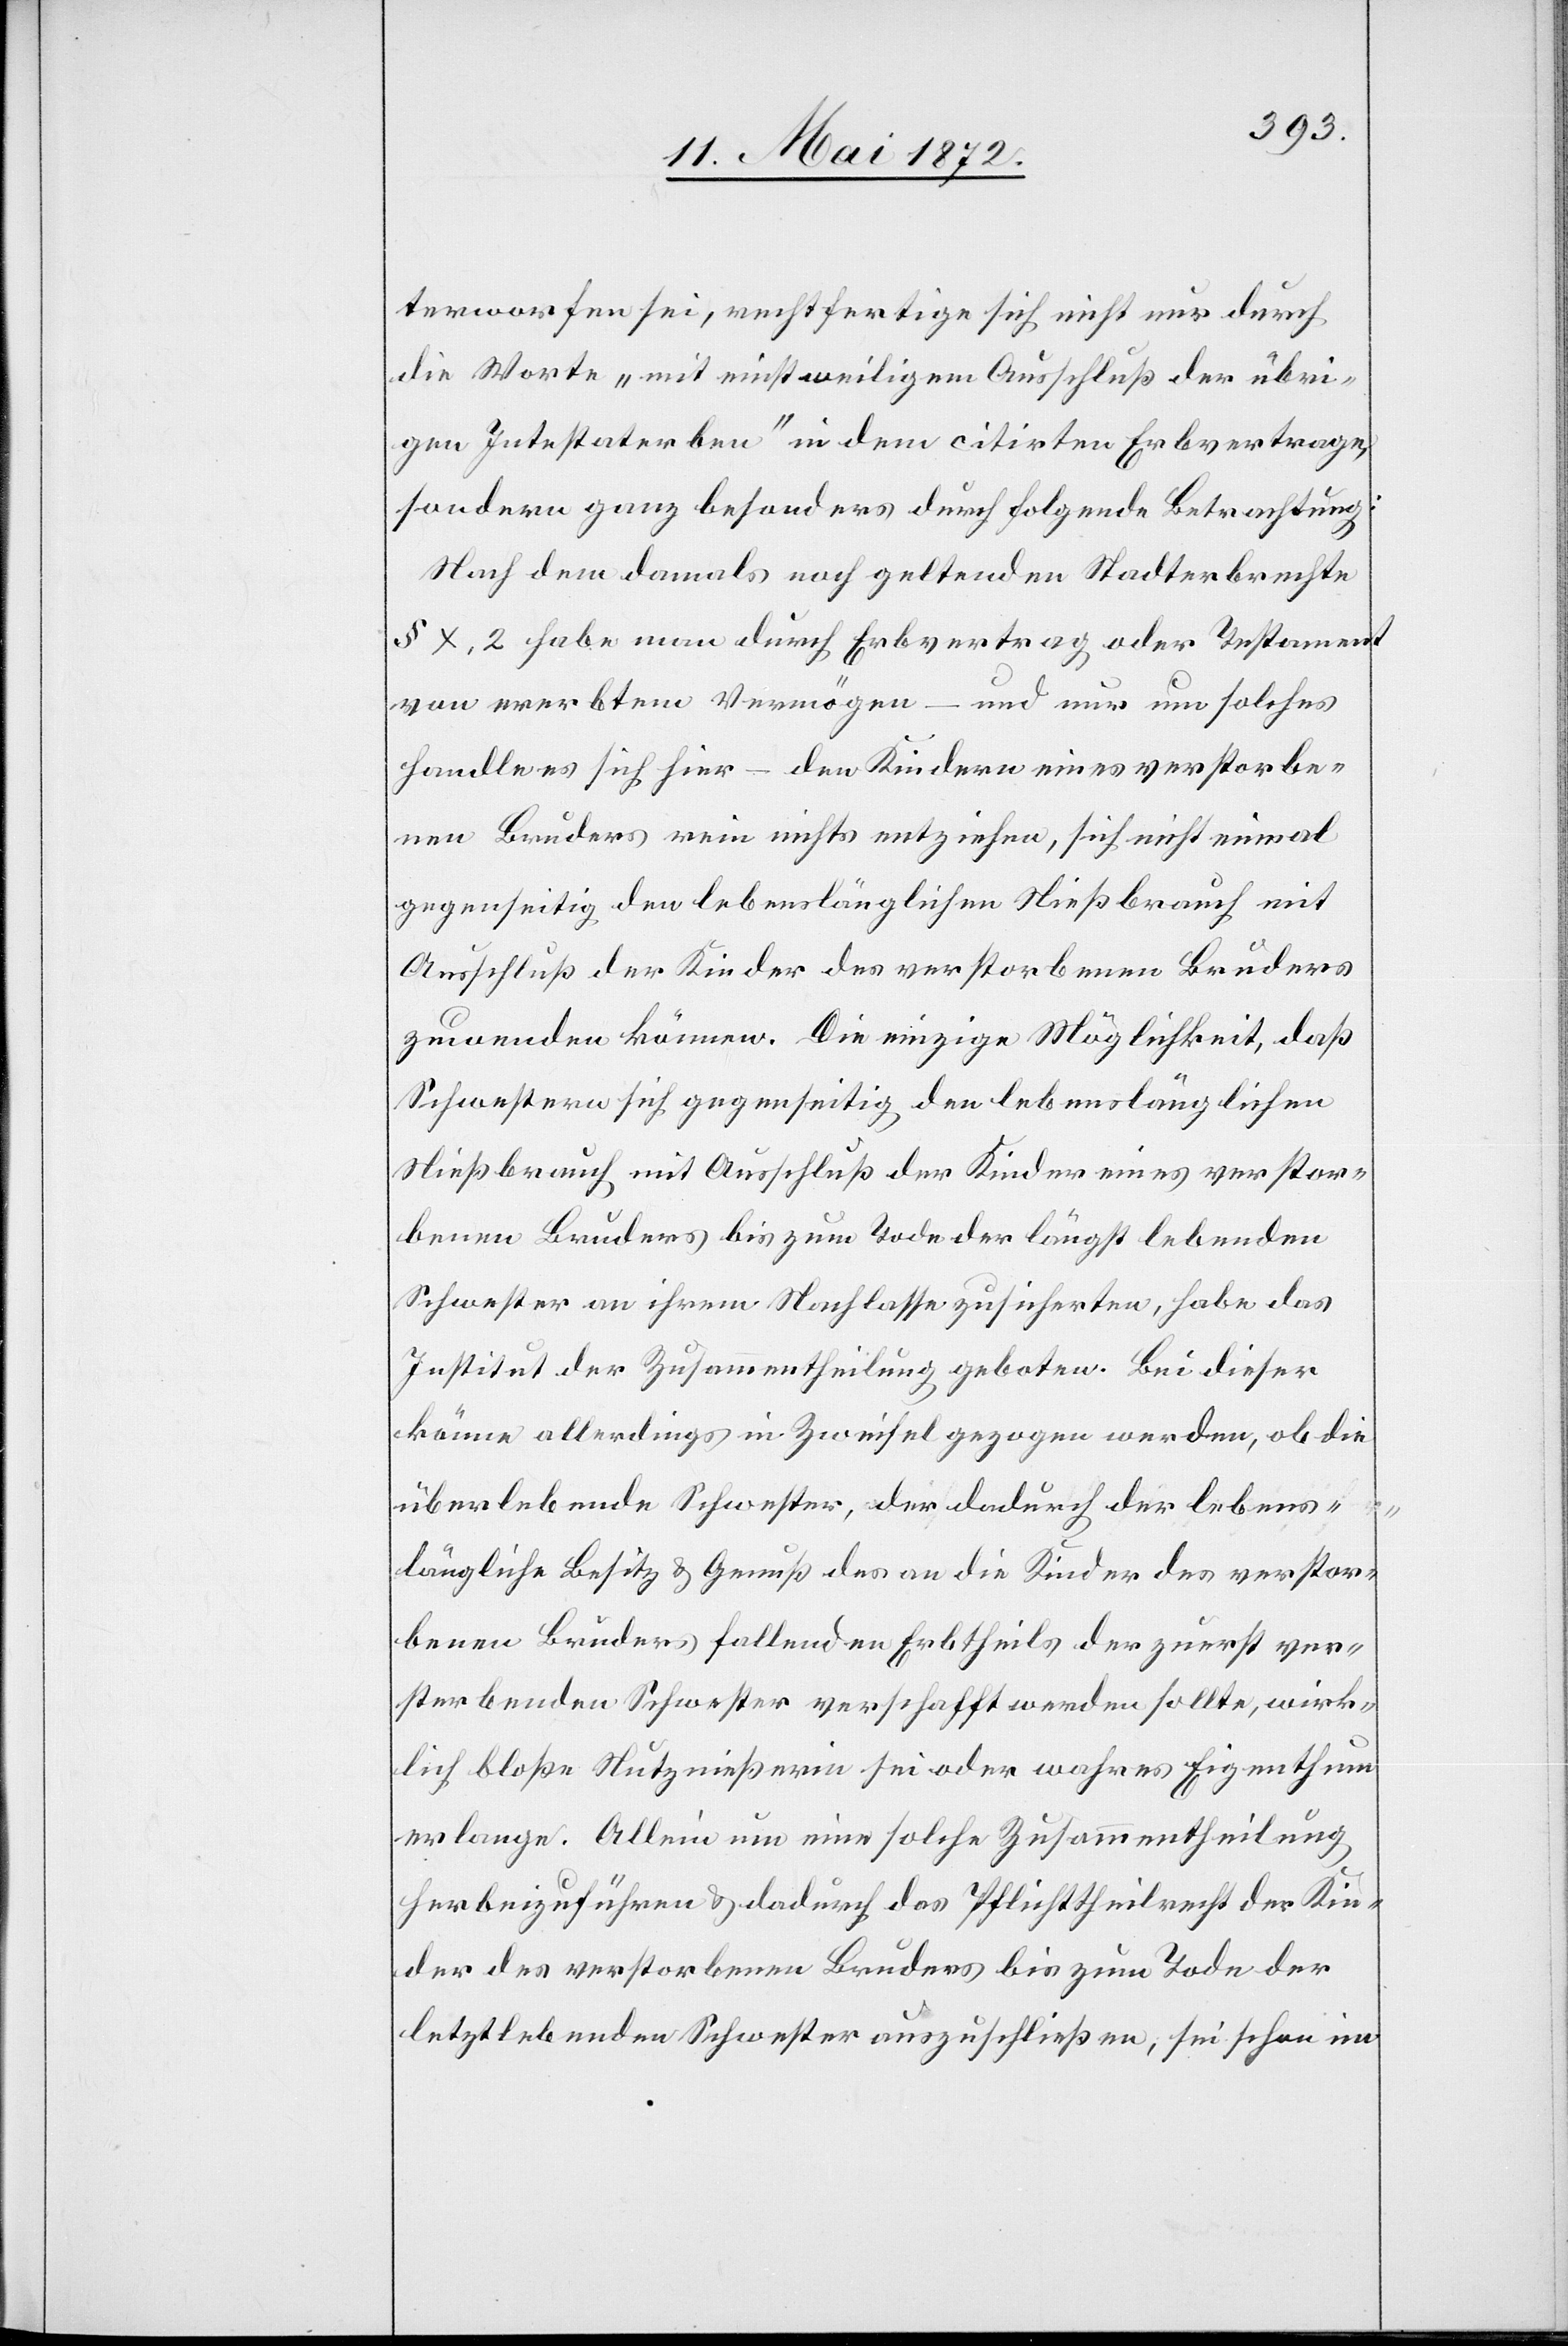
terworfen sei, rechtfertige sich nicht nur durch
die Worte „mit einstweiligem Ausschluß der übri¬
gen Intestaterben“ in dem citirten Erbvertrage,
sondern ganz besonders durch folgende Betrachtung:
Nach dem damals noch geltenden Stadterbrechte
§ X, 2 habe man durch Erbvertrag oder Testament
von ererbtem Vermögen – und nur um solches
handle es sich hier – den Kindern eines verstorbe¬
nen Bruders rein nichts entziehen, sich nicht einmal
gegenseitig den lebenslänglichen Nießbrauch mit
Ausschluß der Kinder des verstorbenen Bruders
zuwenden können. Die einzige Möglichkeit, daß
Schwestern sich gegenseitig den lebenslänglichen
Nießbrauch mit Ausschluß der Kinder eines verstor¬
benen Bruders bis zum Tode der längst lebenden
Schwester an ihrem Nachlasse zusicherten, habe das
Institut der Zusammentheilung geboten. Bei dieser
könne allerdings in Zweifel gezogen werden, ob die
überlebende Schwester, der dadurch der lebens¬
längliche Besitz u. Genuß des an die Kinder des verstor¬
benen Bruders fallenden Erbtheils der zuerst ver¬
sterbenden Schwester verschafft werden sollte, wirk¬
lich bloße Nutznießerin sei oder wahres Eigenthum
erlange. Allein um eine solche Zusammentheilung
herbeizuführen u. dadurch das Pflichttheilrecht der Kin¬
der des verstorbenen Bruders bis zum Tode der
letztlebenden Schwester auszuschließen, sei schon im